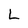
Character: L